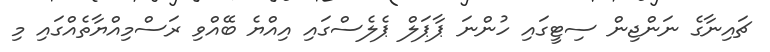
ޗައިނާގެ ނަންޖިން ސިޓީގައި ހުންނަ ޕާޕަލް ޕެލެސްގައި އިއްޔެ ބޭއްވި ރަސްމިއްޔާތެއްގައި މި